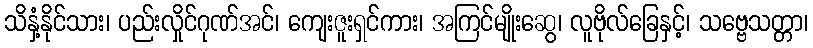
သိနှံ့နိုင်သား၊ ပည်းလှိုင်ဂုဏ်အင်၊ ကျေးဇူးရှင်ကား၊ အကြင်မျိုးဆွေ၊ လူဗိုလ်ခြေနှင့်၊ သဗ္ဗေသတ္တာ၊